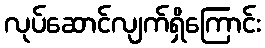
လုပ်ဆောင်လျက်ရှိကြောင်း